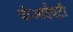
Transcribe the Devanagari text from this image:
वीआईएटी